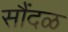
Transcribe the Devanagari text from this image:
सौंदळ